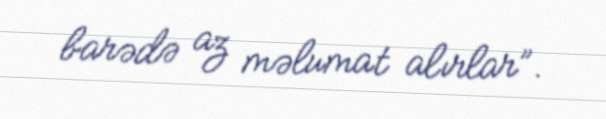
barədə az məlumat alırlar”.